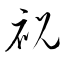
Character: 祝